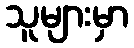
သူများမှာ